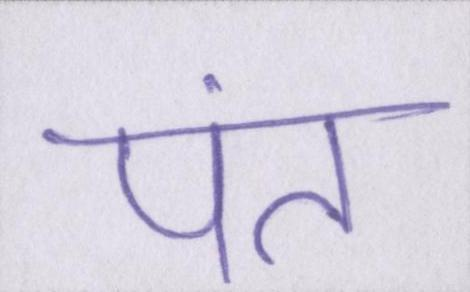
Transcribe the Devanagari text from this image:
पंत